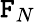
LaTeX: \mathtt{F}_{N}